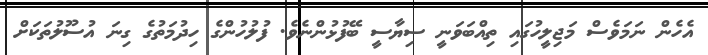
އެހެން ނަމަވެސް މަޖިލީހުގައި ތިއްބަވަނީ ސިޔާސީ ބޭފުޅުންނެވެ. ފުލުހުންގެ ހިދުމަތުގެ ގިނަ އުސޫލުތަކަށް